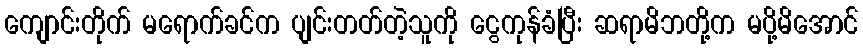
ကျောင်းတိုက် မရောက်ခင်က ပျင်းတတ်တဲ့သူကို ငွေကုန်ခံပြီး ဆရာမိဘတို့က မပို့မိအောင်